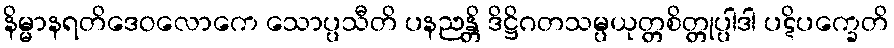
နိမ္မာနရတိဒေဝလောကေ သောပ္ပသီတိ ပနညန္တိ ဒိဋ္ဌိဂတသမ္ပယုတ္တစိတ္တုပ္ပါဒါ ပဋိပက္ခေတိ